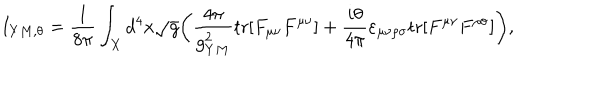
I _ { Y M , \theta } = { \frac { 1 } { 8 \pi } } \int _ { X } d ^ { 4 } x \sqrt { g } \bigg ( { \frac { 4 \pi } { g _ { Y M } ^ { 2 } } } \mathrm { t r } [ F _ { \mu \nu } F ^ { \mu \nu } ] + { \frac { i \theta } { 4 \pi } } \varepsilon _ { \mu \nu \rho \sigma } \mathrm { t r } [ F ^ { \mu \nu } F ^ { \rho \sigma } ] \bigg ) ,